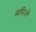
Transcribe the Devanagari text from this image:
सखिओं